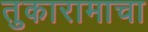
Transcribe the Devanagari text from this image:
तुकारामाचा